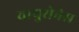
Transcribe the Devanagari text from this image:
वायुसेनेस